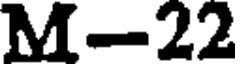
M-22